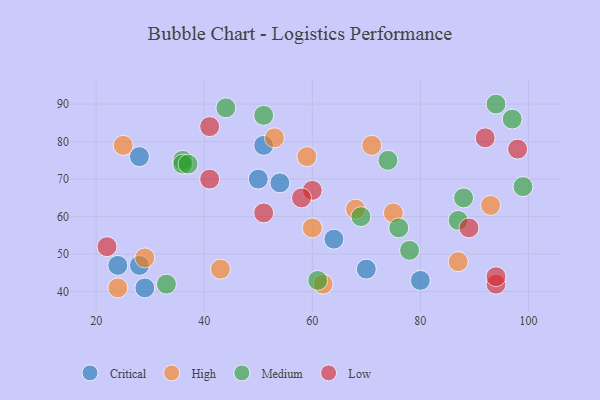
{"axis": {"x": "GDP", "y": "Life Expectancy"}, "legend": ["Critical", "High", "Low", "Medium"], "data": [{"x": "28", "y": 76, "type": "Critical"}, {"x": "51", "y": 79, "type": "Critical"}, {"x": "24", "y": 47, "type": "Critical"}, {"x": "54", "y": 69, "type": "Critical"}, {"x": "50", "y": 70, "type": "Critical"}, {"x": "29", "y": 41, "type": "Critical"}, {"x": "28", "y": 47, "type": "Critical"}, {"x": "80", "y": 43, "type": "Critical"}, {"x": "64", "y": 54, "type": "Critical"}, {"x": "70", "y": 46, "type": "Critical"}, {"x": "59", "y": 76, "type": "High"}, {"x": "68", "y": 62, "type": "High"}, {"x": "93", "y": 63, "type": "High"}, {"x": "43", "y": 46, "type": "High"}, {"x": "71", "y": 79, "type": "High"}, {"x": "25", "y": 79, "type": "High"}, {"x": "62", "y": 42, "type": "High"}, {"x": "75", "y": 61, "type": "High"}, {"x": "53", "y": 81, "type": "High"}, {"x": "60", "y": 57, "type": "High"}, {"x": "87", "y": 48, "type": "High"}, {"x": "24", "y": 41, "type": "High"}, {"x": "29", "y": 49, "type": "High"}, {"x": "69", "y": 60, "type": "Medium"}, {"x": "33", "y": 42, "type": "Medium"}, {"x": "99", "y": 68, "type": "Medium"}, {"x": "94", "y": 90, "type": "Medium"}, {"x": "88", "y": 65, "type": "Medium"}, {"x": "76", "y": 57, "type": "Medium"}, {"x": "97", "y": 86, "type": "Medium"}, {"x": "36", "y": 75, "type": "Medium"}, {"x": "87", "y": 59, "type": "Medium"}, {"x": "61", "y": 43, "type": "Medium"}, {"x": "78", "y": 51, "type": "Medium"}, {"x": "36", "y": 74, "type": "Medium"}, {"x": "74", "y": 75, "type": "Medium"}, {"x": "44", "y": 89, "type": "Medium"}, {"x": "51", "y": 87, "type": "Medium"}, {"x": "37", "y": 74, "type": "Medium"}, {"x": "98", "y": 78, "type": "Low"}, {"x": "51", "y": 61, "type": "Low"}, {"x": "41", "y": 84, "type": "Low"}, {"x": "94", "y": 42, "type": "Low"}, {"x": "60", "y": 67, "type": "Low"}, {"x": "41", "y": 70, "type": "Low"}, {"x": "58", "y": 65, "type": "Low"}, {"x": "92", "y": 81, "type": "Low"}, {"x": "94", "y": 44, "type": "Low"}, {"x": "89", "y": 57, "type": "Low"}, {"x": "22", "y": 52, "type": "Low"}]}